画像に写った文字を読んでください
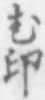
「む印」と書いてあります